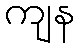
ကျန